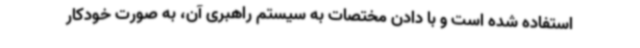
استفاده شده است و با دادن مختصات به سیستم راهبری آن، به صورت خودکار